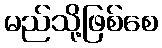
မည်သို့ဖြစ်စေ